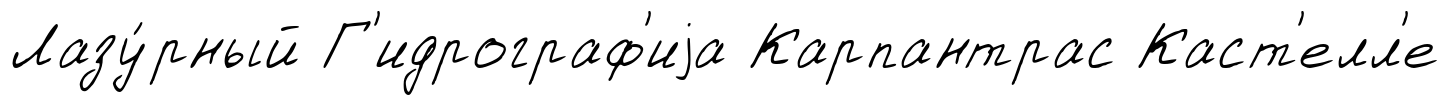
Лазу́рный Г'идрограф'иjа Карпантрас Каст'елл'е